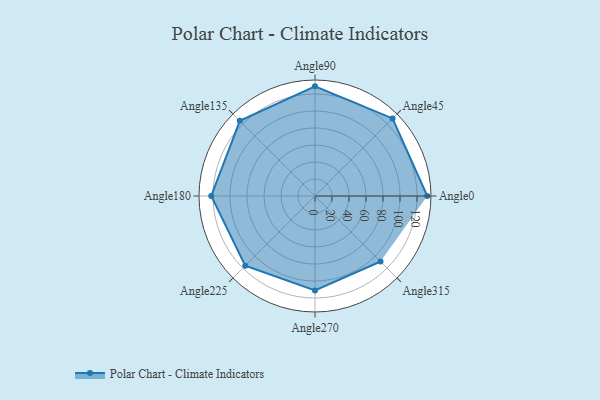
{"axis": {"x": "Angle", "y": "Radius"}, "legend": [""], "data": [{"x": "Angle0", "y": 132.0, "type": ""}, {"x": "Angle45", "y": 129.0, "type": ""}, {"x": "Angle90", "y": 129.0, "type": ""}, {"x": "Angle135", "y": 125.0, "type": ""}, {"x": "Angle180", "y": 122.0, "type": ""}, {"x": "Angle225", "y": 116.0, "type": ""}, {"x": "Angle270", "y": 111.0, "type": ""}, {"x": "Angle315", "y": 109.0, "type": ""}]}